Indian Medical Review
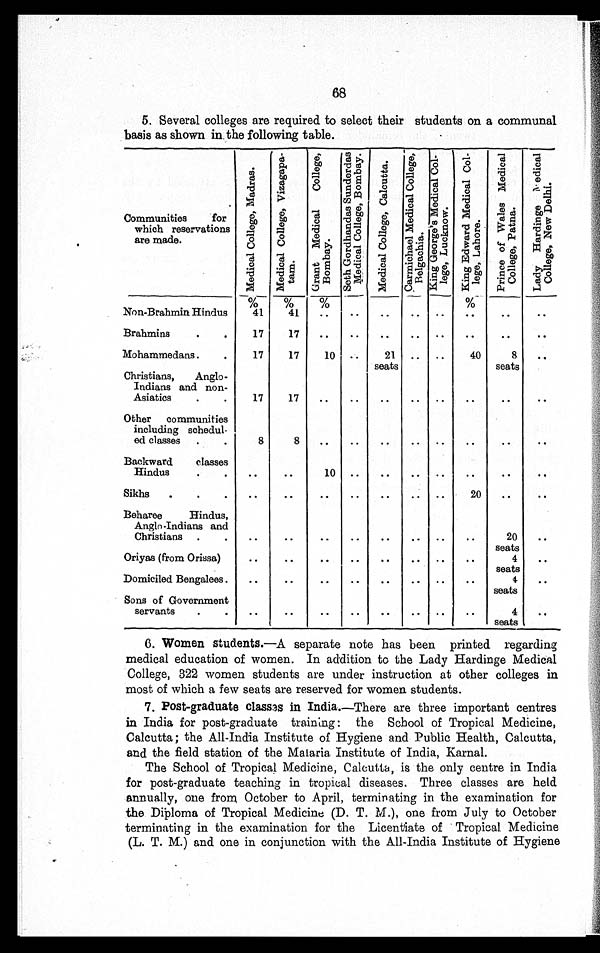
68
5. Several colleges are required to select their students on a communal
basis as shown in the following table.
Communities for
which reservations
are made.
M e d i c a l C o l l e g e , M a d r a s .
M e d i c a l C o l l e g e , V i z a g a p a - t a m .
G r a n t M e d i c a l C o l l e g e , B o m b a y .
S e t h G o r d h a n d a s S u n d e r d a s M e d i c a l C o l l e g e , B o m b a y . M e d i c a l C o l l e g e , C a l c u t t a .
C a r m i c h a e l M e d i c a l C o l l e g e , B e l g a c h i a . K i n g G e o r g e ' s M e d i c a l C o l l e g e , L u c k n o w .
K i n g E d w a r d M e d i c a l C o l l e g e , L a h o r e .
P r i n c e o f W a l e s M e d i c a l C o l l e g e , P a t n a .
L a d y H a r d i n g e M e d i c a l C o l l e g e , N e w D e l h i .
%
%
%
%
Non-Brahmin Hindus
41
41
. . .
. . .
. . .
. . .
. . . . . .
. . .
. . .
Brahmins . . .
17
17
. . .
. . .
. . .
. . .
. . .
. . . . . .
. . .
Mohammedans . . .
17
17
10
. . . 21
seats
. . .
. . .
40
8
seats
. . .
Christians, Anglo -
Indians and non-
Asiatics . . .
17
17
. . .
. . .
. . .
. . .
. . .
. . . . . .
. . .
Other communities
including schedul
-ed classes . . .
8
8
. . .
. . .
. . .
. . .
. . .
. . .
. . .
. . .
Backward classes
Hindus . . .
. . .
. . .
10
. . .
. . .
. . .
. . .
. . . . . .
. . .
Sikhs . . .
. . .
. . .
. . .
. . .
. . .
. . .
. . .
20
. . .
. . .
Beharee Hindus,
Anglo-Indians and
Christians . . .
. . .
. . .
. . .
. . .
. . .
. . .
. . .
. . . 20
seats
. . .
Oriyas (from Orissa)
. . .
. . .
. . .
. . .
. . .
. . .
. . .
. . .
4
seats
. . .
Domiciled Bengalees .
. . .
. . .
. . .
. . .
. . .
. . .
. . .
. . .
4
seats
. . .
Sons of Government
servants
. . .
. . .
. . .
. . .
. . .
. . .
. . .
. . .
4
seats
. . .
6 .
W o m e n s t u d e n t s .
— A s e p a r a t e n o t e h a s b e e n p r i n t e d r e g a r d i n g
medical education of women. In addition to the Lady Hardinge Medical
College, 322 women students are under instruction at other colleges in
most of which a few seats are reserved for women students.
7 .
P o s t - g r a d u a t e c l a s s e s i n I n d i a .—
T h e r e a r e t h r e e i m p o r t a n t c e n t r e s
in India for post-graduate training: the School of Tropical Medicine,
Calcutta; the All-India Institute of Hygiene and Public Health, Calcutta,
and the field station of the Malaria institute of India, Karnal.
The School of Tropical Medicine, Calcutta, is the only centre in India
for post-graduate teaching in tropical diseases. Three classes are held
annually, one from October to April, terminating in the examination for
the Diploma of Tropical Medicine (D. T. M.), one from July to October
terminating in the examination for the Licentiate of Tropical Medicine
(L. T. M.) and one in conjunction with the All-India Institute of Hygiene